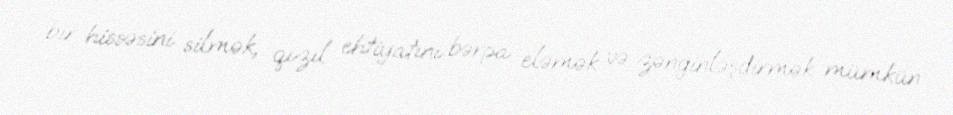
bir hissəsini silmək, qızıl ehtiyatını bərpa eləmək və zənginləşdirmək mümkün